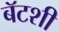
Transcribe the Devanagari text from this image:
बॅटशी